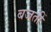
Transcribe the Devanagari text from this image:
बजतीं